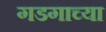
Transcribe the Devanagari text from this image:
गडगाच्या